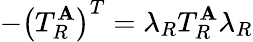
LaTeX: -\left(T_{R}^{\mathbf{A}}\right)^{T}=\lambda_{R}T_{R}^{\mathbf{A}}\lambda_{R}